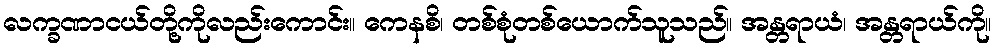
လက္ခဏာငယ်တို့ကိုလည်းကောင်း။ ကေနစိ၊ တစ်စုံတစ်ယောက်သူသည်။ အန္တရာယံ၊ အန္တရာယ်ကို။